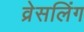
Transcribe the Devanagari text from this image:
व्रेसलिंग